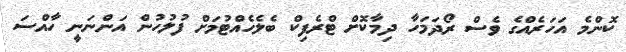
ކޮންމެ އަހަރެއްގެ ވެސް ރޯދަމަހާ ދިމާކޮށް ޓްރެފިކް ބެލެހެއްޓުމަށް ފުލުުހުން އަންނަނީ ހާއްސަ